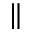
\|